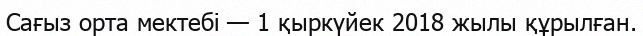
Сағыз орта мектебі — 1 қыркүйек 2018 жылы құрылған.